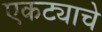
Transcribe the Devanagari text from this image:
एकट्याचे